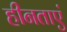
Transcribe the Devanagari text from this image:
हीनताएं